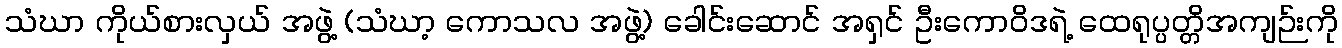
သံဃာ ကိုယ်စားလှယ် အဖွဲ့ (သံဃာ့ ကောသလ အဖွဲ့) ခေါင်းဆောင် အရှင် ဦးကောဝိဒရဲ့ ထေရုပ္ပတ္တိအကျဉ်းကို